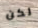
لكن